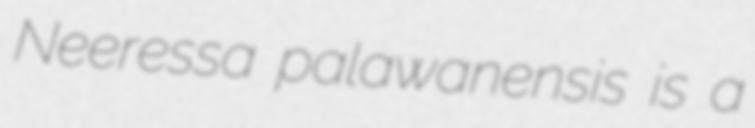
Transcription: Neeressa palawanensis is a